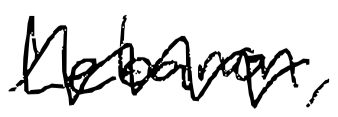
Text: Lebanon,
Cross-out: zig-zag
Writing tool: digital_black